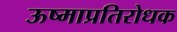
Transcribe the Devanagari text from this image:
ऊष्माप्रतिरोधक